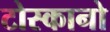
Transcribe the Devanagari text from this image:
टोस्कानो